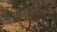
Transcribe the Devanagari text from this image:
संबलता